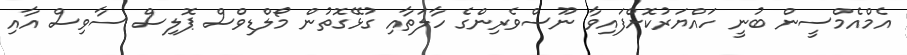
އެމްއެމްސީން ބުނީ ހައްޔަރުކޮށްފައިވާ ނޫސްވެރިންގެ ހާލަތާއި ގުޅޭގޮތުން މޯލްޑިވްސް ޕޮލިސް ސާވިސް އާއި